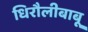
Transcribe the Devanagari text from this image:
धिरौलीबाबू